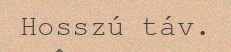
Hosszú táv.